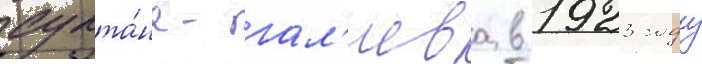
султа́на-гал'иева в 1923 году